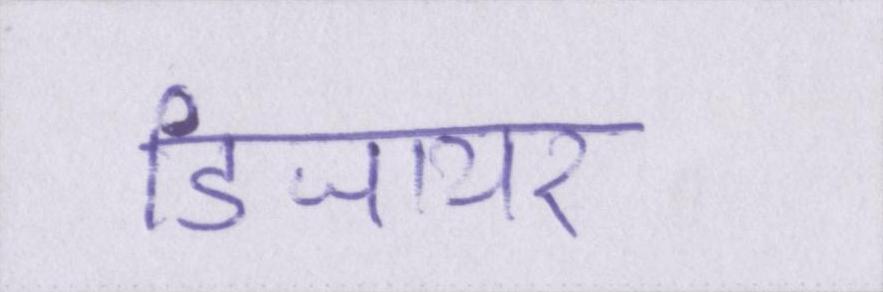
डिजायर